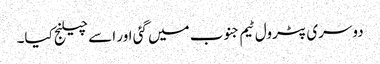
دوسری پٹرول ٹیم جنوب میں گئی اور اسے چیلنج کیا۔